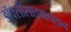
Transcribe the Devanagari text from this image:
डॉक्सीसाइक्लाइन